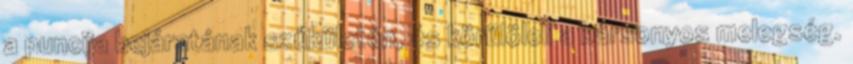
a puncija bejáratának szűkületén, és körülöleli a bársonyos melegség.